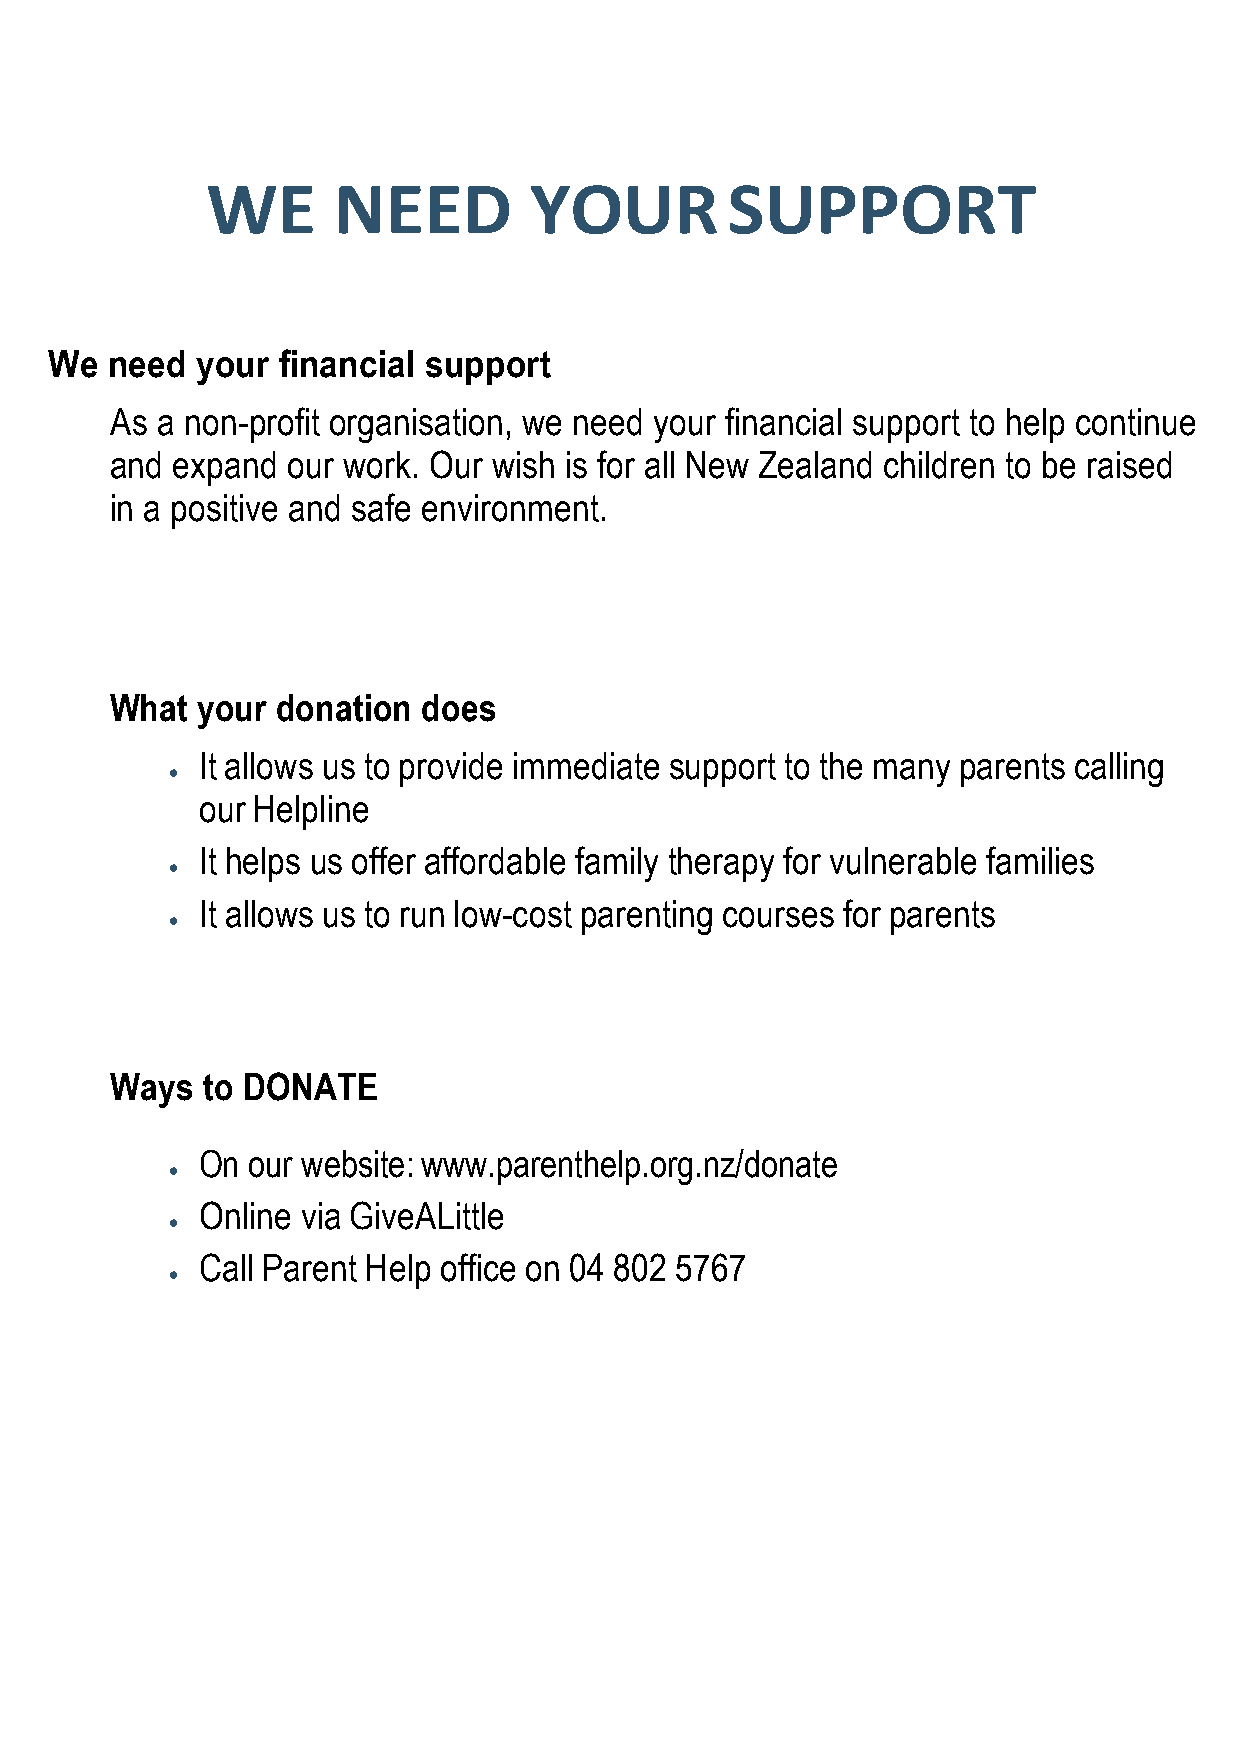
WE      NEED         YOUR         SUPPORT
 We  need  your financial support
 As a non-profit organisation, we need your financial support to help continue
 and expand  our work. Our wish is for all New Zealand children to be raised
 in a positive and safe environment.
 What  your donation  does
 It allows us to provide immediate support to the many parents calling
 •
 our Helpline
 It helps us offer affordable family therapy for vulnerable families
 •
 It allows us to run low-cost parenting courses for parents
 •
 Ways  to DONATE
 On our website: www.parenthelp.org.nz/donate
 •
 Online via GiveALittle
 •
 Call Parent Help office on 04 802 5767
 •